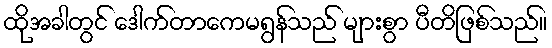
ထိုအခါတွင် ဒေါက်တာကေမရွန်သည် များစွာ ပီတိဖြစ်သည်။